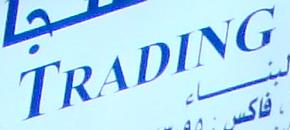
trading